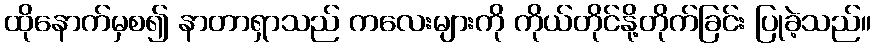
ထိုနောက်မှစ၍ နာတာရှာသည် ကလေးများကို ကိုယ်တိုင်နို့တိုက်ခြင်း ပြုခဲ့သည်။